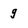
Character: 9